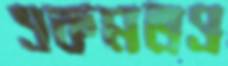
একমতও